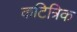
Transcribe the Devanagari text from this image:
कटित्रिक